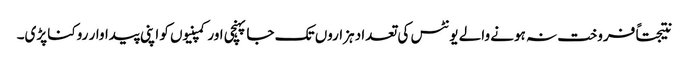
نتیجتاً فروخت نہ ہونے والے یونٹس کی تعداد ہزاروں تک جا پہنچی اور کمپنیوں کو اپنی پیداوار روکنا پڑی۔